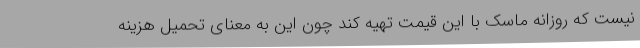
نیست که روزانه ماسک با این قیمت تهیه کند چون این به معنای تحمیل هزینه